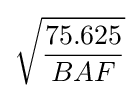
{\sqrt {\frac {75.625}{BAF}}}